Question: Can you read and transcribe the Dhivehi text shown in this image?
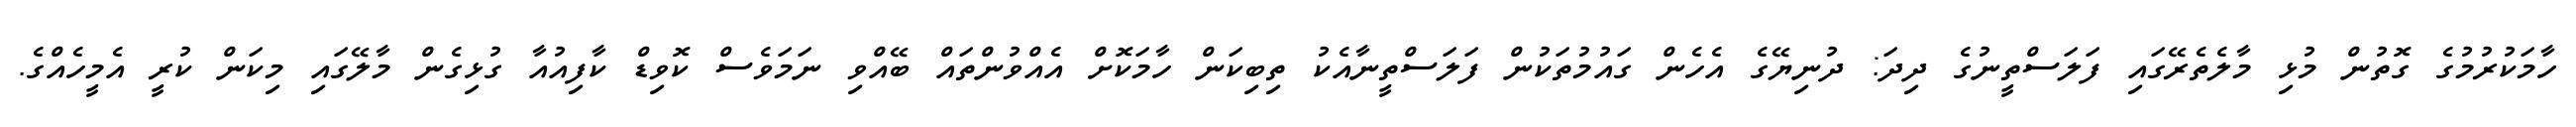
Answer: ހާމަކުރުމުގެ ގޮތުން މުޅި މާލެތެރޭގައި ފަލަސްތީނުގެ ދިދަ: ދުނިޔޭގެ އެހެން ގައުމުތަކުން ފަލަސްތީނާއެކު ތިބިކަން ހާމަކޮށް އެއްވުންތައް ބޭއްވި ނަމަވެސް ކޮވިޑް ކާފިއުއާ ގުޅިގެން މާލޭގައި މިކަން ކުރީ އެމީހެއްގެ.